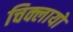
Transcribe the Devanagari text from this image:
चिक्लायो